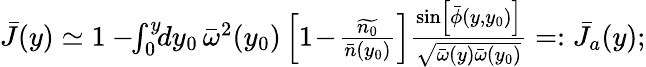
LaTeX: \begin{array}{r}{\bar{J}(y)\simeq 1-\! \! \int_{0}^{y}\! \! dy_{0}\, {\bar{\omega}}^{2}(y_{0})\left[1\! -\! \frac{\widetilde{n_{0}}}{\bar{n}(y_{0})}\right]\frac{\sin\left[\bar{\phi}(y,y_{0})\right]}{\sqrt{{\bar{\omega}}(y){\bar{\omega}}(y_{0})}}=:\bar{J}_{a}(y);}\end{array}